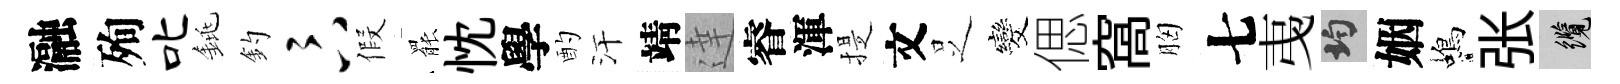
瀜殉叱銚釣卞假罷忱學酌汗靖達睿渾提文𠯁发偲窩胸七𢎯均姻蝎张纜